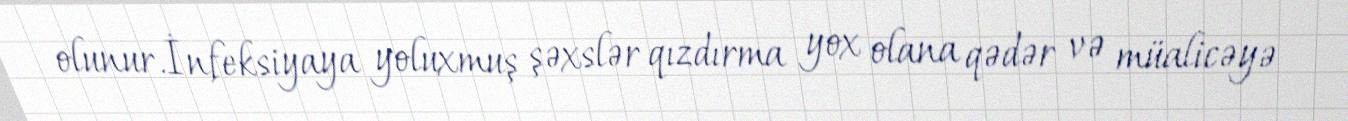
olunur.İnfeksiyaya yoluxmuş şəxslər qızdırma yox olana qədər və müalicəyə